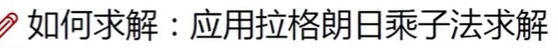
如何求解：应用拉格朗日乘子法求解